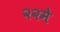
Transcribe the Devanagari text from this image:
२२मे